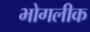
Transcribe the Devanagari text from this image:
भोगलीक